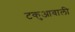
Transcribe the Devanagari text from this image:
टकुआवाली